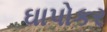
ઘાપોકર